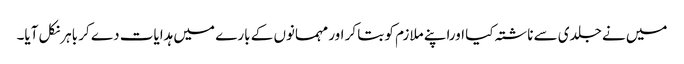
میں نے جلدی سے ناشتہ کیا اوراپنے ملازم کو بتا کر اور مہمانوں کے بارے میں ہدایات دے کر باہرنکل آیا۔